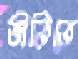
ভীতিতে